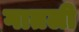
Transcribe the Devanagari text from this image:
गातली